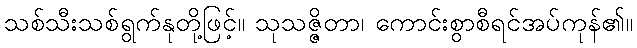
သစ်သီးသစ်ရွက်နုတို့ဖြင့်။ သုသဇ္ဇိတာ၊ ကောင်းစွာစီရင်အပ်ကုန်၏။